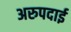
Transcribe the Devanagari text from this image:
अरुपदाई